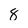
Character: 8